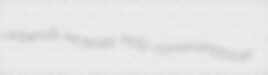
unbends receives holp commonplacer